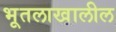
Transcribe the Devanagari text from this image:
भूतलाखालील